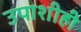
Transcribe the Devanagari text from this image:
उपाशीही